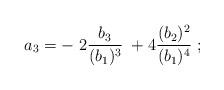
LaTeX: \begin{align*}a_3 = -\; 2 {b_3 \over (b_1)^3}\; + 4 {(b_2)^2\over (b_1)^4}\;;\end{align*}